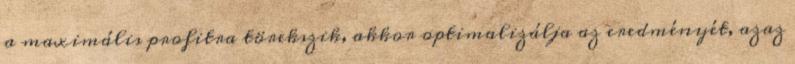
a maximális profitra törekszik, akkor optimalizálja az eredményét, azaz